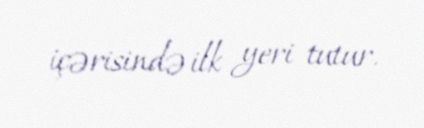
içərisində ilk yeri tutur.